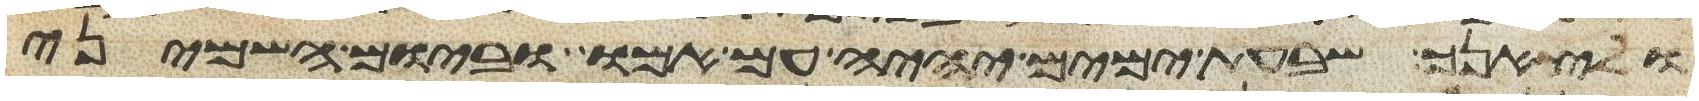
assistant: ולצאנך שבעת ימים יהיה עם אמו וביום השמיני